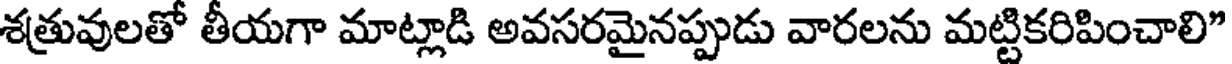
శత్రువులతో తీయగా మాట్లాడి అవసరమైనప్పుడు వారలను మట్టికరిపించాలి"